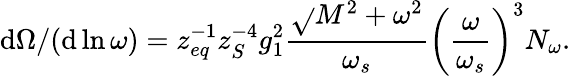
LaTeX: \mathrm{d}\Omega/(\mathrm{d}\ln\omega)=z_{eq}^{-1}z_{S}^{-4}g_{1}^{2}\frac{{\sqrt{}{{M^{2}+\omega^{2}}}}}{{\omega_{s}}}\left(\frac{{\omega}}{{\omega_{s}}}\right)^{3}N_{\omega}.